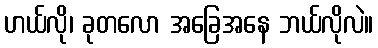
ဟယ်လို၊ ခုတလော အခြေအနေ ဘယ်လိုလဲ။